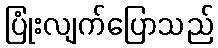
ပြုံးလျက်ပြောသည်